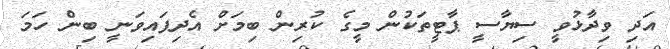
އަދި ވިދާޅުވީ ސިޔާސީ ޕާޓީތަކުން މީގެ ކުރިން ބިމަށް އެދިފައިވަނީ ބިން ހަމަ